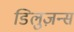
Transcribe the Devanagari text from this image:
डिलुज़न्स